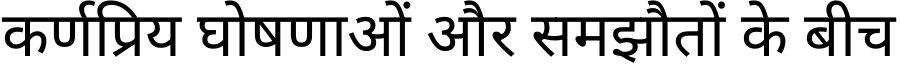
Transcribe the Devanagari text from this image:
कर्णप्रिय घोषणाओं और समझौतों के बीच